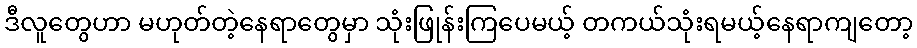
ဒီလူတွေဟာ မဟုတ်တဲ့နေရာတွေမှာ သုံးဖြုန်းကြပေမယ့် တကယ်သုံးရမယ့်နေရာကျတော့